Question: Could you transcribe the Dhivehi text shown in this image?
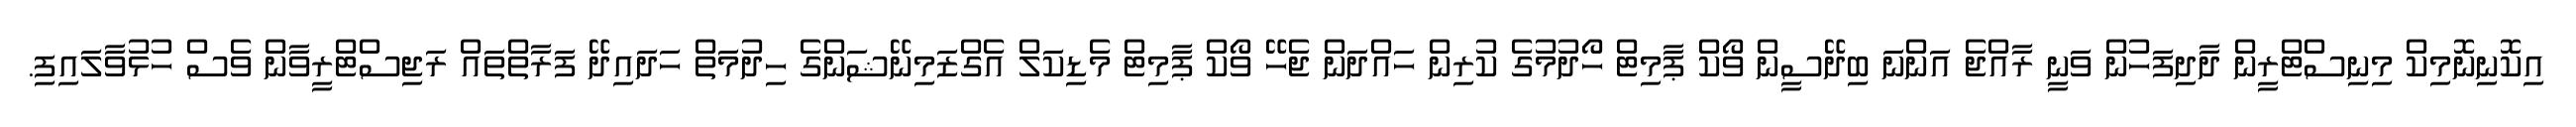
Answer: އިކޮނިނޮމިކް މިނިސްޓްރީން ދާދިފަހުން ވަނީ ރާއްޖެ އަންނަ ބިދޭސީން ވޯކް ޕާމިޓް ހޯދުމުގެ ކުރިން ހައްދަން ޖެހޭ ވޯކް ޕާމިޓް މެޑިކަލް އެގްޒަމިނޭޝަންގެ ހިދުމަތް ހަދައިދޭ ފަރާތްތައް ރަޖިސްޓްރީވާން ވެސް ހުޅުވާލައިފި.